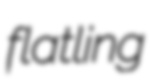
flatling